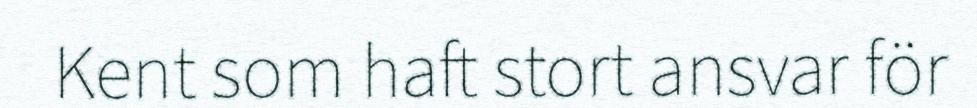
Kent som haft stort ansvar för